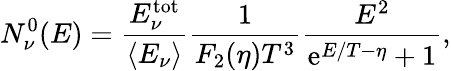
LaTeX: N_{\nu}^{0}(E)=\frac{E_{\nu}^{\mathrm{tot}}}{\langle E_{\nu}\rangle}\frac{1}{F_{2}(\eta)T^{3}}\frac{E^{2}}{\mathrm{e}^{E/T-\eta}+1},